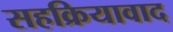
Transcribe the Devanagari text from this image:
सहक्रियावाद